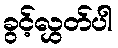
ခွင့်လွှတ်ပါ